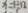
x = 1 \div 1 2